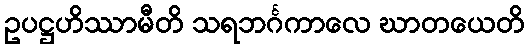
ဥပဋ္ဌဟိဿာမီတိ သရဘင်္ဂကာလေ ဃာတယေတိ